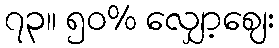
၇၃။ ၅၀% လျှော့စျေး